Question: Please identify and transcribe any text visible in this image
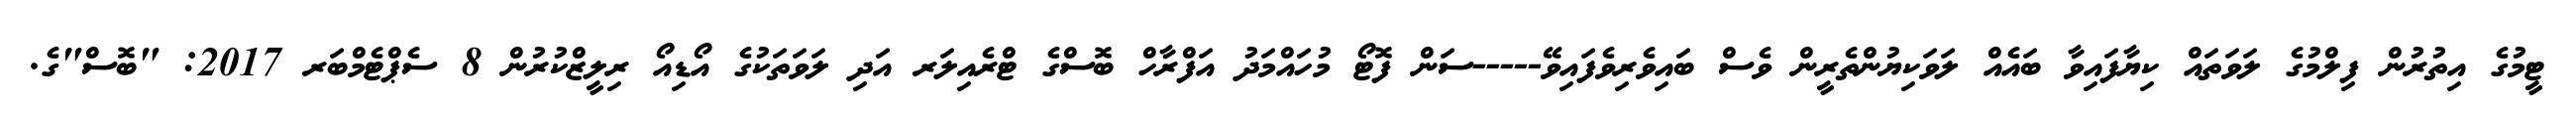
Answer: ޓީމުގެ އިތުރުން ފިލްމުގެ ލަވަތައް ކިޔާފައިވާ ބައެއް ލަވަކިޔުންތެރީން ވެސް ބައިވެރިވެފައިވޭ-----ސަން ފޮޓޯ މުހައްމަދު އަފްރާހް ބޮސްގެ ޓްރެއިލަރ އަދި ލަވަތަކުގެ އޯޑިއޯ ރިލީޒްކުރުން 8 ސެޕްޓެމްބަރ 2017: "ބޮސް"ގެ.